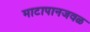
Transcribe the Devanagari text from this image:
माटापानजवळ